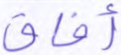
أفاق